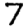
Digit: 7